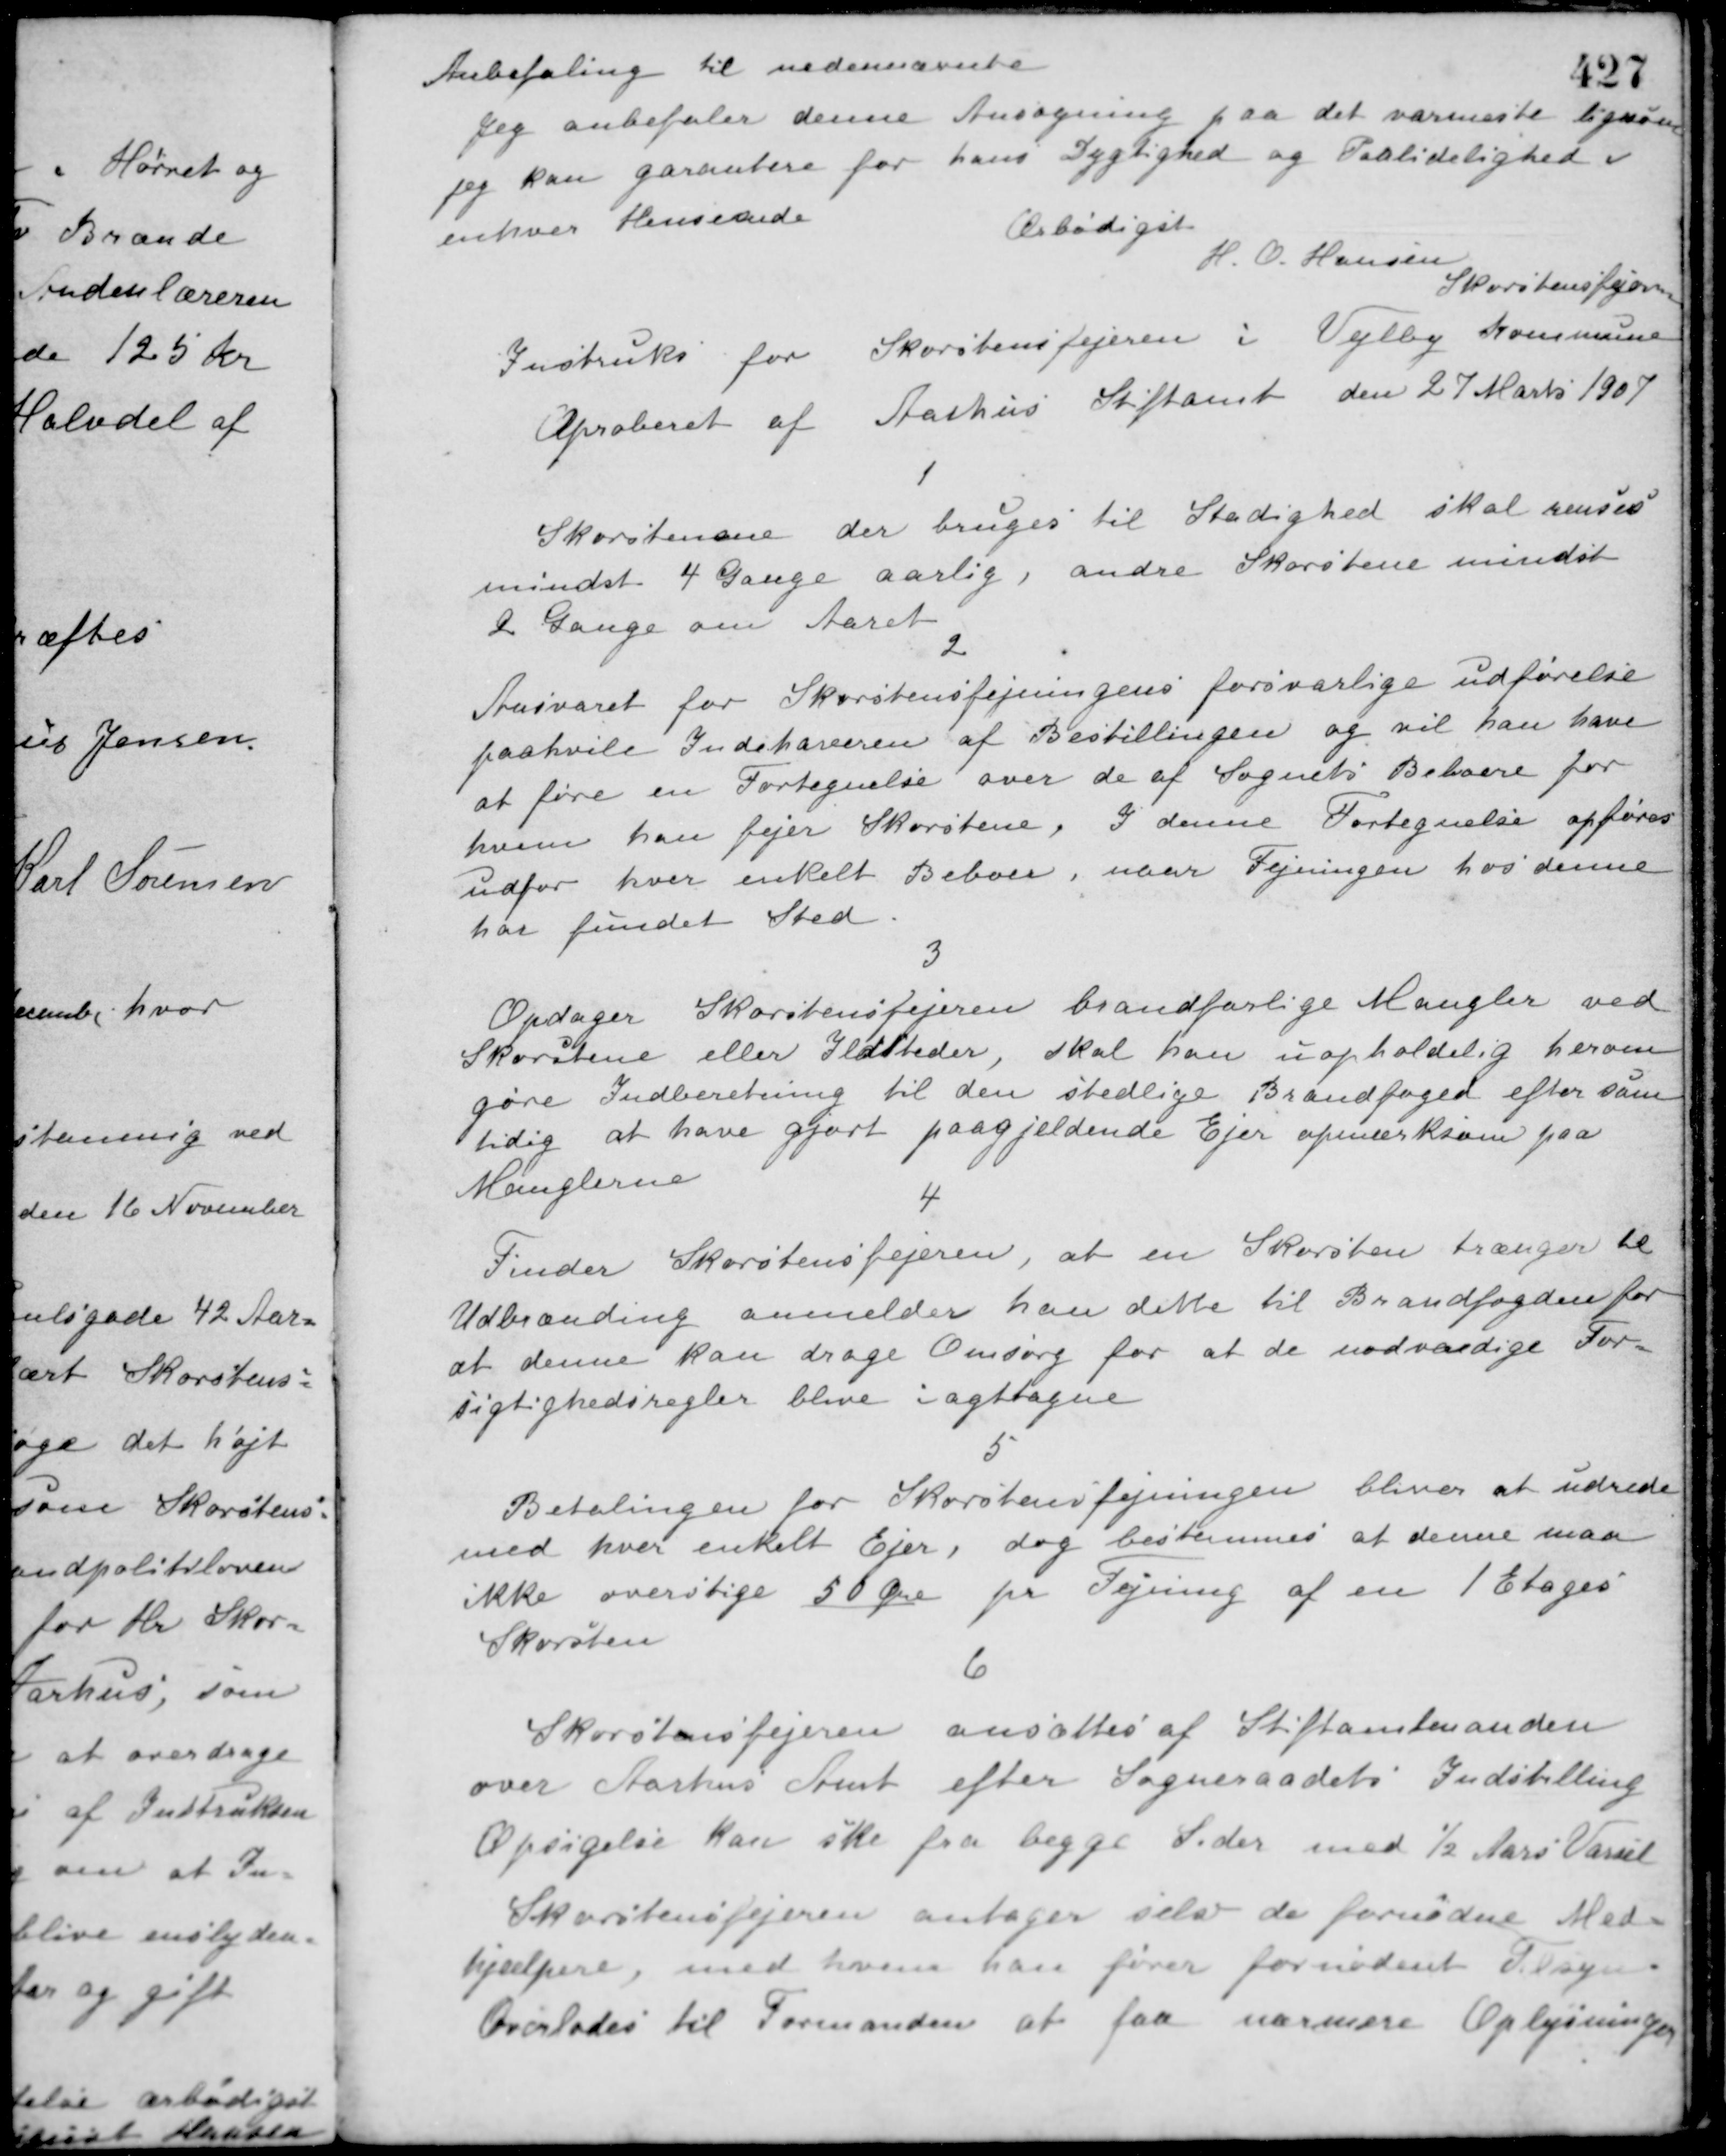
Transskription:
Anbefaling til nedennævnte.
Jeg anbefaler denne Ansøgning paa det varmeste ligesom
jeg kan garantere for hans Dygtighed og Paalidelighed i
enhver Henseende.
Ærbødigst
H. O. Hansen
Skorstensfejeren
Instruks for Skorstensfejeren i Vejlby Kommune
Aproberet af Aarhus Stiftamt den 27 Marts 1907.
1
Skorstenene der bruges til Stadighed skal renses
mindst 4 Gange aarlig, andre Skorstene mindst
2 Gange om Aaret.
2
Ansvaret for Skorstensfejningens forsvarlige udførelse
paahviler Indehaveren af Bestillingen og vil han have
at føre en Fortegnelse over de af Sognets Beboere for
hvem han fejer Skorstene. I denne Fortegnelse opføres
udfor hver enkelt Beboer, naar Fejningen hos denne
har fundet Sted.
3
Opdager Skorstensfejeren brandfarlige Mangler ved
Skorstene eller Ildsteder, skal han uopholdelig herom
gøre Indberetning til den stedlige Brandfoged efter sam-
tidig at have gjort paagjældende Ejer opmærksom paa
Manglerne.
4
Finder Skorstensfejeren, at en Skorsten trænger til
Udbrænding anmelder han dette til Brandfogden for
at denne kan drage Omsorg for at de nødvendige For-
sigtighedsregler blive iagttagne.
5
Betalingen for Skorstensfejningen bliver at udrede
med hver enkelt Ejer, dog bestemmes at denne maa
ikke overstige 50 Øre pr. Fejning af en 1 Etages
Skorsten.
6
Skorstensfejeren ansættes af Stiftamtmanden
over Aarhus Amt efter Sogneraadets Indstilling.
Opsigelse kan ske fra begge Sider med ½ Aars Varsel.
Skorstensfejeren antager selv de fornødne Med-
hjælpere, med hvem han fører fornødent Tilsyn
Overlodes til Formanden at faa nærmere Oplysninger